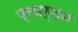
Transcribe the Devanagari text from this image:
प्रधर्शन